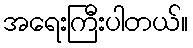
အရေးကြီးပါတယ်။